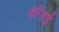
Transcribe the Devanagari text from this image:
कीगई